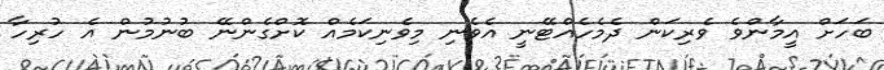
ބަހަށް އީމާންވެ ވެރިކަން ދެމެހެއްޓޭނީ އެވެނި މިވެނިކަމެއް ކޮށްގެންނޭ ބުނުމުން އެ ހުރިހާ